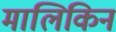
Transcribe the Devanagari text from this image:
मालिकिन